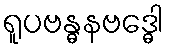
ရူပဗန္ဓနဗဒ္ဓေါ